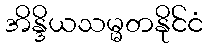
အိန္ဒိယသမ္မတနိုင်ငံ